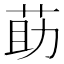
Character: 莇